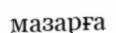
мазарға